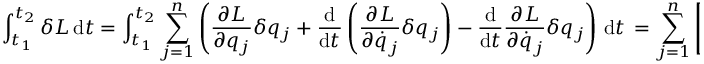
\int _ { t _ { 1 } } ^ { t _ { 2 } } \delta L \, \mathrm { d } t = \int _ { t _ { 1 } } ^ { t _ { 2 } } \sum _ { j = 1 } ^ { n } \left( { \frac { \partial L } { \partial q _ { j } } } \delta q _ { j } + { \frac { \mathrm { d } } { \mathrm { d } t } } \left( { \frac { \partial L } { \partial { \dot { q } } _ { j } } } \delta q _ { j } \right) - { \frac { \mathrm { d } } { \mathrm { d } t } } { \frac { \partial L } { \partial { \dot { q } } _ { j } } } \delta q _ { j } \right) \, \mathrm { d } t \, = \sum _ { j = 1 } ^ { n } \left[ { \frac { \partial L } { \partial { \dot { q } } _ { j } } } \delta q _ { j } \right] _ { t _ { 1 } } ^ { t _ { 2 } } + \int _ { t _ { 1 } } ^ { t _ { 2 } } \sum _ { j = 1 } ^ { n } \left( { \frac { \partial L } { \partial q _ { j } } } - { \frac { \mathrm { d } } { \mathrm { d } t } } { \frac { \partial L } { \partial { \dot { q } } _ { j } } } \right) \delta q _ { j } \, \mathrm { d } t \, .